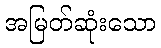
အမြတ်ဆုံးသော